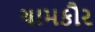
ચામકૌર